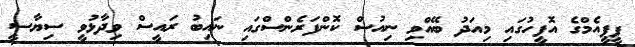
ޕީޕީއެމްގެ އޮފީހުގައި މިއަދު ބޭއްވި ނިއުސް ކޮންފަރެންސްގައި ނައިބު ރައީސް ވިދާޅުވީ ސިޔާސީ